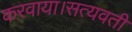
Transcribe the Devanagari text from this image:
करवाया।सत्यवती